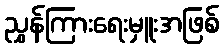
ညွှန်ကြားရေးမှူးအဖြစ်